NAE_kihelkonnakohtute_kirjad_ja_protokollid_1869-1889, lk 6
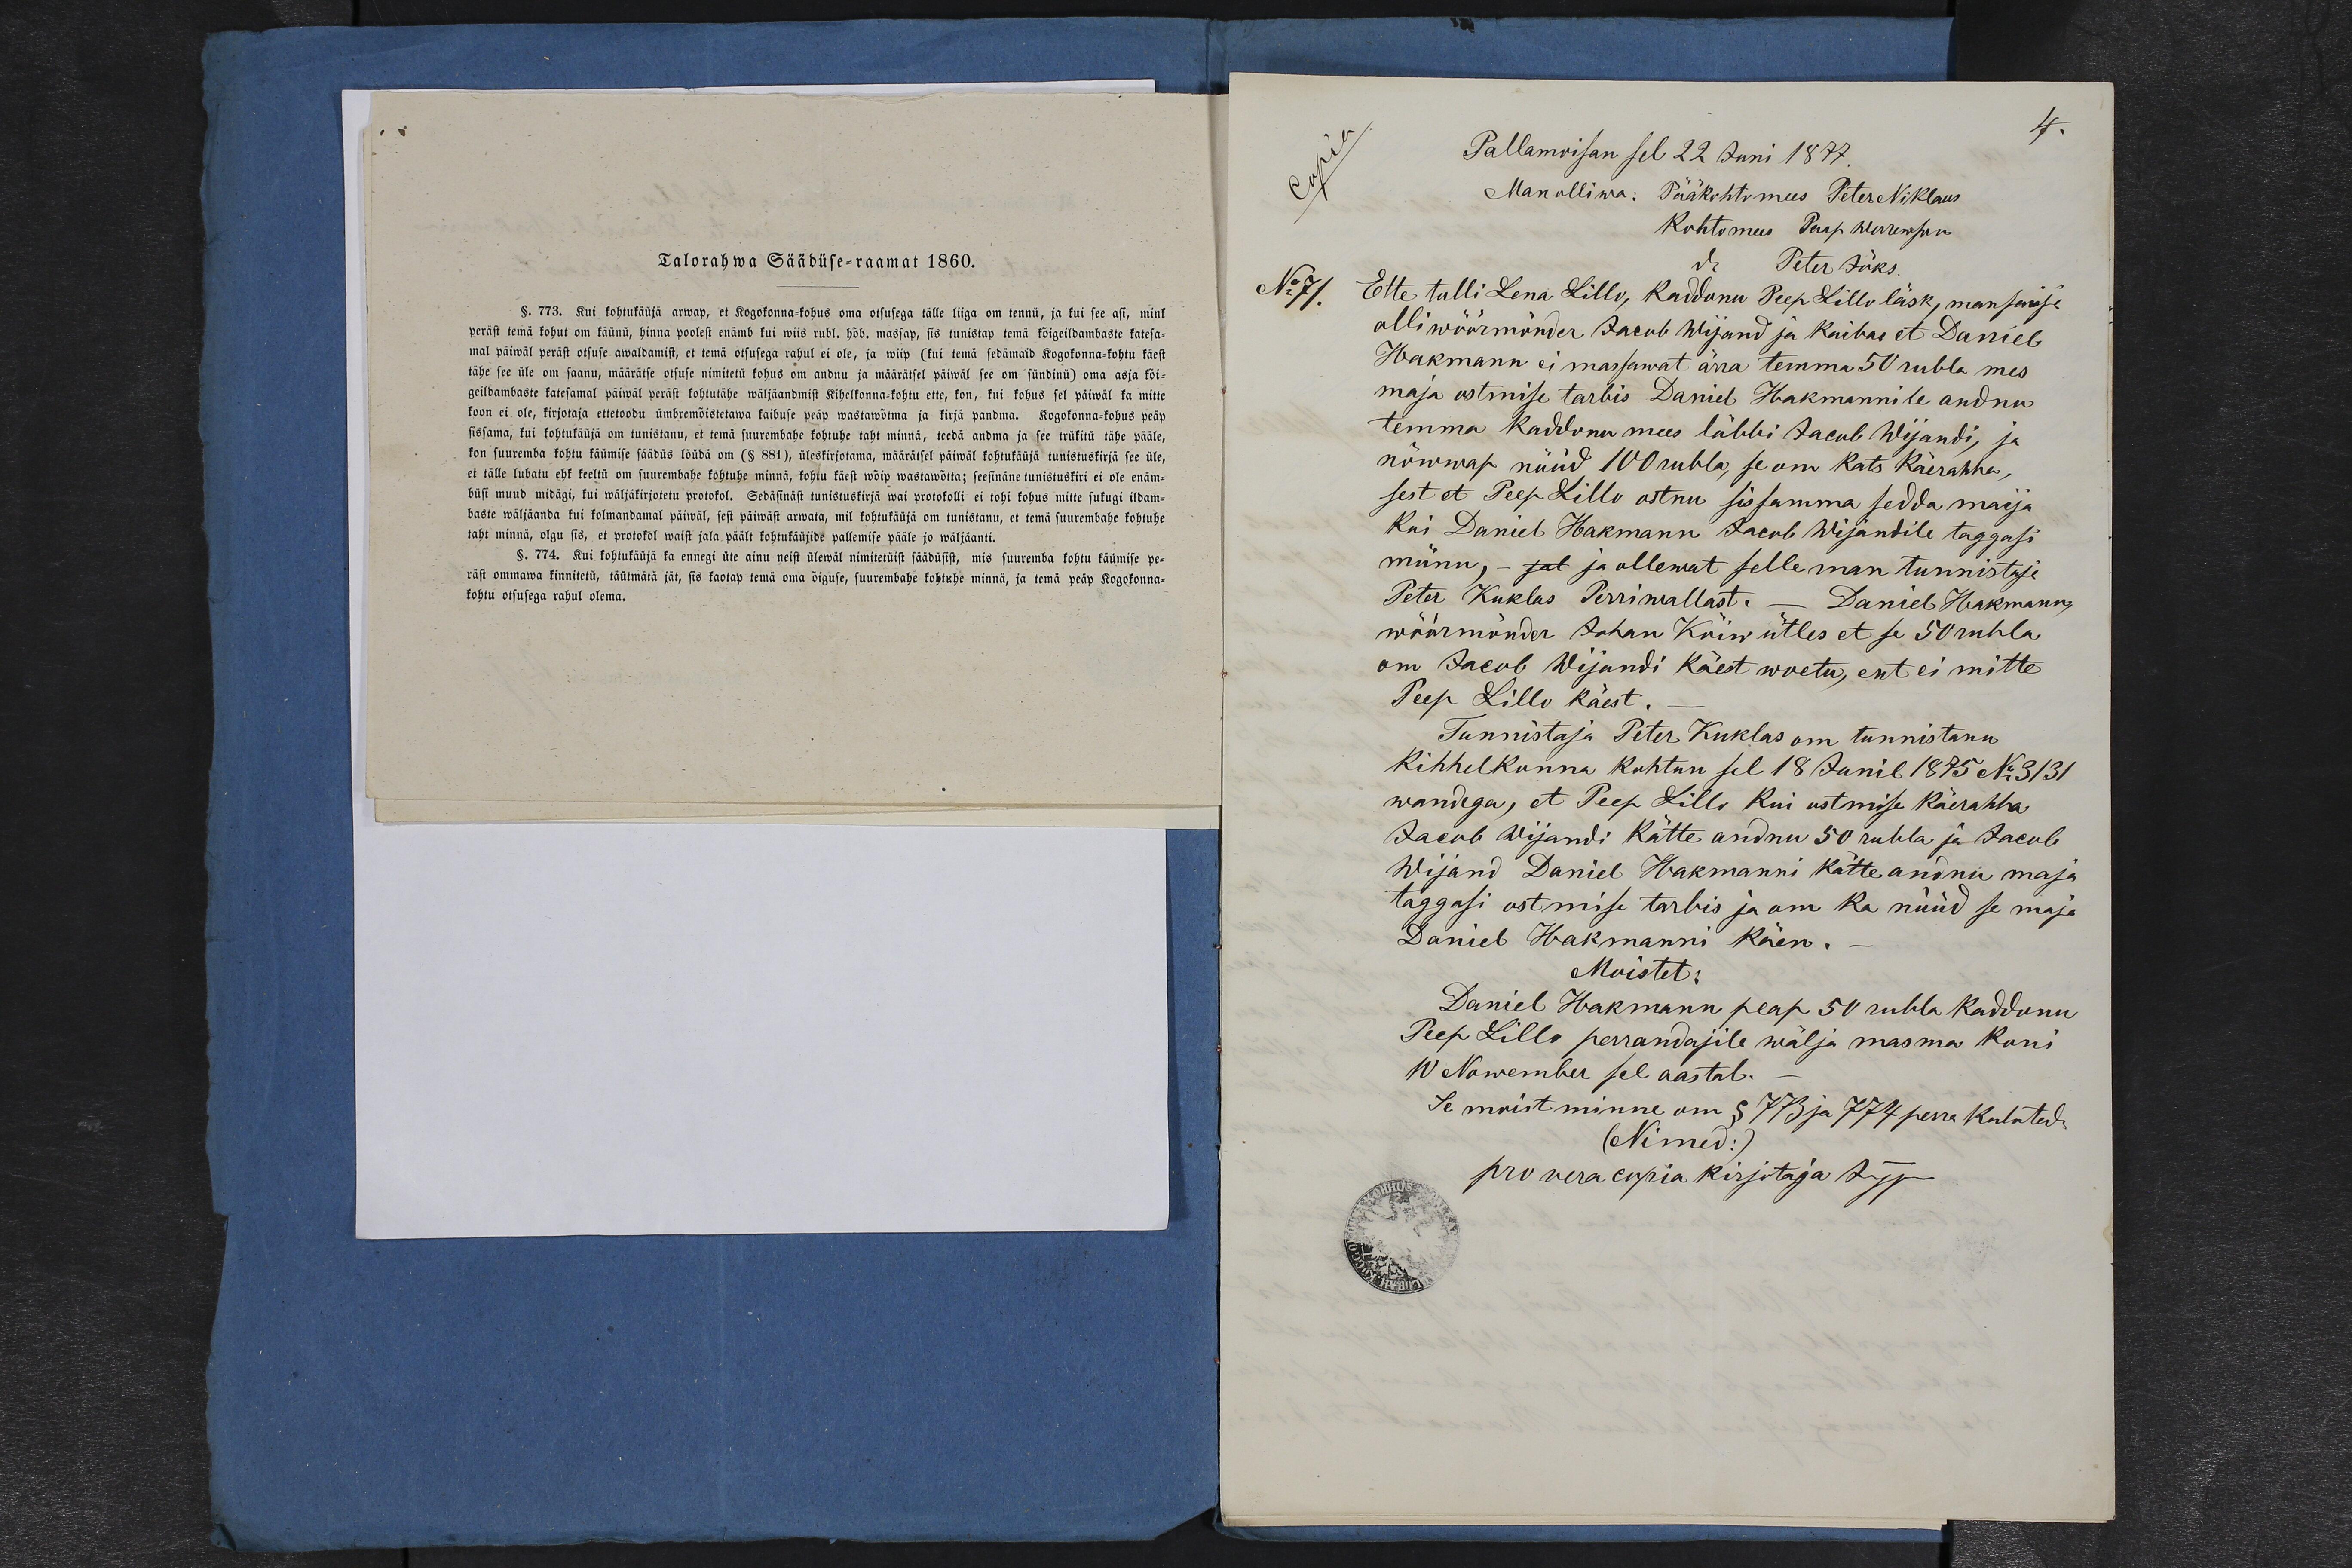
Talorahwa Säädüse-raamat 1860.
§. 773. Kui kohtukäuja arwap, et Kogokonna-kohus oma otsusega tälle liiga om tennü, ja kui see asi, mink
peräst temä kohut om käünü, hinna poolest enamb kui wiis rubl. hõb. massap, sis tunistap temä kõigeildambaste katesa-
mal päiwal peräst otsuse awaldamist, et tema otsusega rahul ei ole, ja wiip (kui temä sedämaid kogokonna-kohtu käest
tähe see üle om saanu, määrätse otsuse nimitetü kohus om andnu ja määrätsel päiwäl see om sündinü) oma asja kõi-
geildambaste katesamal päiwäl peräst kohtutähe wäljaandmist Kihelkonna-kohtu ette, kon, kui kohus sel päiwal ka mitte
koon ei ole, kirjotaja ettetoobu ümbremõistetawa kaibuse peäp wastawõtma ja kirja pandma. Kogokonna-kohus peäp
sissama, kui kohtukäüjä om tunistanu, et tema suurembatse kohtutse taht minna, teedä andma ja see trükitu tähe pääle,
kon suuremba kohtu käümise säädus lõüdä om (§ 881), üleskirjutama, määrätsel päiwäl kohtukäüjä see üle,
et tälle lubatu ehk keeltu om suurembatse kohtutse minnä, kohtu käest wõip wastawõtta; seesinäne tunistuskiri ei ole enäm-
büsi muud midägi, kui wäljäkirjotetu protokol. Sedäsinäst tunistuskirjä wai protokolli ei tohi kohus mitte sugugi ildam-
baste wäljäanda kui kolmandamal päiwäl, sest päiwast arwata, mil kohtukäüjä om tunistanu, et temä suurembatse kohtutse
taht minnä, olgu siis, et protokol waist jala päält kohtukäüjide pallemise pääle jo wäljäanti.
§. 774, Kui kohtukäüja ka ennegi üte ainu neist ülewal nimitetüist säädüsist, mis suuremba kohtu käümise pe-
räst ommawa kinnitetü, täutmätä jät, sis kaotap temä oma õiguse, suurembatse kohtutse minnä, ja temä peäp Kogokonna-
kohtu otsusega rahul olema.

Pallamoisan sel 22 Juni 1877.
Man olliwa: Pääkohtomees Peter Niklaus
No71. Ette tulli Lena Lillo, Kaddunu Prep Lillo läsk, mansaise
olli wöörmünder Jacob Wijand ja kaibas et Daniel
Hakmann ei massawat ärra temma 50 rubla mes
maja ostmise tarbis Daniel Hakmannile andnu
temma kaddonu mees läbbi Jacob Wijandi, ja
nõwwap nüüd 100 rubla, se om kats Käerahha,
sest et Peep Lillo ostnu sissamma sedda maija
Kui Daniel Hakmann Jacob Wijandile taggasi
münu, - jal ja ollewat selle man tunnistusi
Peter Kuklas Perriwallast- Daniel Hakmann
wöörmünder Johan Kõiw ütles et se 50 rubla
om Jacob Wijandi käest woetu, ent ei mitte
Peep Lillo käest
Tunnistaja Peter Kuklas om tunnistanu
Kihhelkonna Kuhtun sel 18 Junil 1875 No3131
wandega, et Peep Lillo Kui ostmise käerahha
Jacob Wijandi Kätte andnu 50 rubla ja Jacob
Wijand Daniel Hakmanni kätte andnu maja
taggasi ostmise tarbis ja om ka nüüd se maja
Daniel Hakmanni Käen.
Moistet:
Daniel Hakmann peap 50 rubla Kaddunu
Peep Lillo perrandajile wälja masma Kuni
10 Nowember sel aastal.
Se moistminne om § 773 ja 774 perra kulutud.